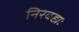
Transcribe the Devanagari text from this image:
निरवद्यः